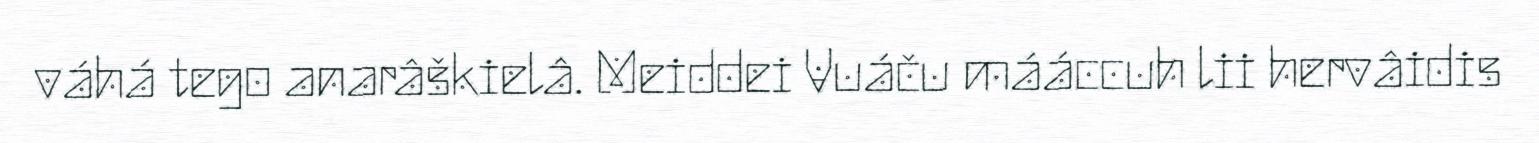
váhá tego anarâškielâ. Meiddei Vuáču mááccuh lii hervâidis